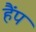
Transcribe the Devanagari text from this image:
हैंप